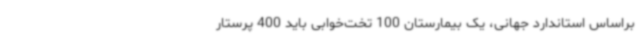
براساس استاندارد جهانی، یک بیمارستان 100 تخت‌خوابی باید 400 پرستار